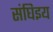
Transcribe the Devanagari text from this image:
संघिइय